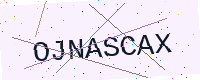
Text: OJNASCAX